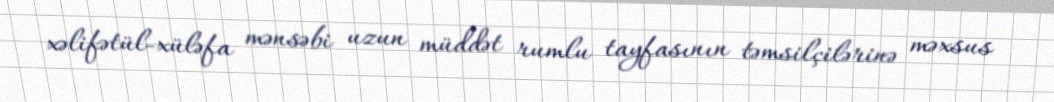
xəlifətül-xüləfa mənsəbi uzun müddət rumlu tayfasının təmsilçilərinə məxsus